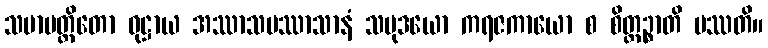
သမာပတ္တိတော ဝုဋ္ဌာယ အဿာသပဿာသာနံ သမုဒယော ကရဇကာယော စ စိတ္တဉ္စာတိ ပဿတိ။